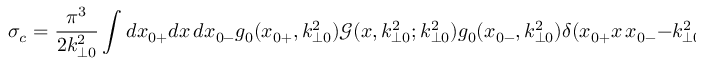
\sigma _ { c } = \frac { \pi ^ { 3 } } { 2 k _ { \perp 0 } ^ { 2 } } \int d x _ { 0 + } d x \, d x _ { 0 - } g _ { 0 } ( x _ { 0 + } , k _ { \perp 0 } ^ { 2 } ) \mathcal { G } ( x , k _ { \perp 0 } ^ { 2 } ; k _ { \perp 0 } ^ { 2 } ) g _ { 0 } ( x _ { 0 - } , k _ { \perp 0 } ^ { 2 } ) \delta ( x _ { 0 + } x \, x _ { 0 - } - k _ { \perp 0 } ^ { 2 } / s ) ,